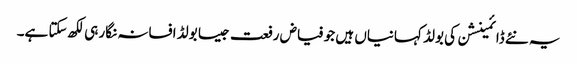
یہ نئے ڈائمینشن کی بولڈ کہانیاں ہیں جو فیاض رفعت جیسا بولڈ افسانہ نگار ہی لکھ سکتا ہے۔